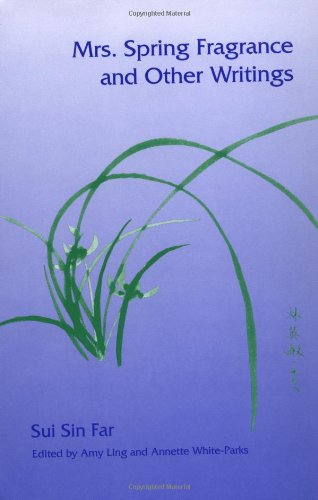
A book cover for Mrs. Spring Fragrance and Other Writings (Asian American Experience); Sui Sin Far; Literature & Fiction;